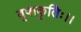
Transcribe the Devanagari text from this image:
वृषाकृतिः।।